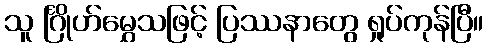
သူ င်္ဂြိုဟ်မွှေသဖြင့် ပြဿနာတွေ ရှုပ်ကုန်ပြီ။